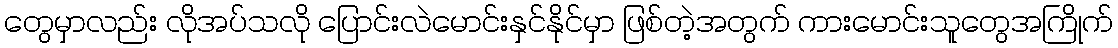
တွေမှာလည်း လိုအပ်သလို ပြောင်းလဲမောင်းနှင်နိုင်မှာ ဖြစ်တဲ့အတွက် ကားမောင်းသူတွေအကြိုက်